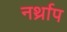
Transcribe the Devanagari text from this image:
नर्थ्राप